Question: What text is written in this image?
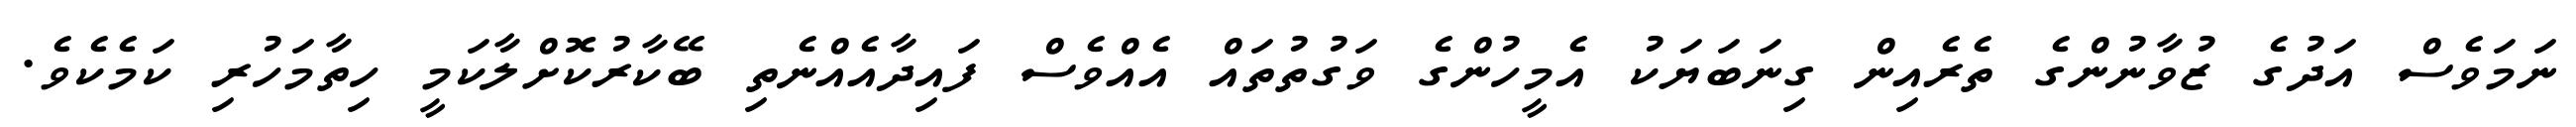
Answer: ނަމަވެސް އަދުގެ ޒުވާނުންގެ ތެރެއިން ގިނަބަޔަކު އެމީހުންގެ ވަގުތުތައް އެއްވެސް ފައިދާއެއްނެތި ބޭކާރުކޮށްލާކަމީ ހިތާމަހުރި ކަމެކެވެ.